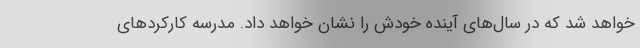
خواهد شد که در سال‌های آینده خودش را نشان خواهد داد. مدرسه کارکردهای